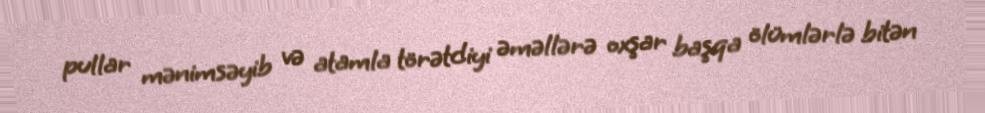
pullar mənimsəyib və atamla törətdiyi əməllərə oxşar başqa ölümlərlə bitən